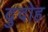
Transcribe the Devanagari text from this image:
दुदोह